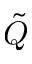
\tilde { Q }